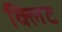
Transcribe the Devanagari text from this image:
क्लिट